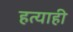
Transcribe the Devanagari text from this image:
हत्याही